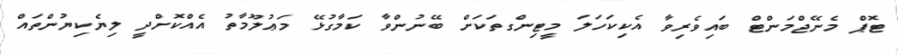
ޓޮޕް މެނޭޖްމަންޓް ބައިވެރިވާ އެކިކަހަލަ މީޓިންގތަކަށް ބޭނުންވާ ކަމާގުޅޭ މަޢުލޫމާތު އެއްކޮށްދީ ލިޔެކިޔުންތައް